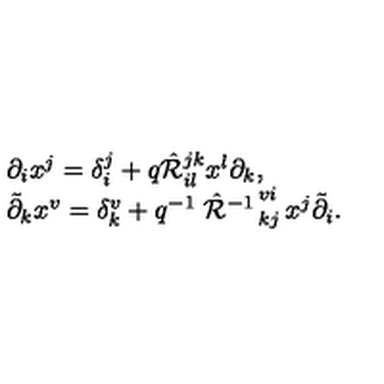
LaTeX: \begin{array} { l } { \partial _ { i } x ^ { j } = \delta _ { i } ^ { j } + q \hat { \cal R } _ { i l } ^ { j k } x ^ { l } \partial _ { k } , } \\ { \tilde { \partial } _ { k } x ^ { v } = \delta _ { k } ^ { v } + q ^ { - 1 } \left. \hat { \cal R } ^ { - 1 } \right. _ { k j } ^ { v i } x ^ { j } \tilde { \partial } _ { i } . } \\ \end{array}